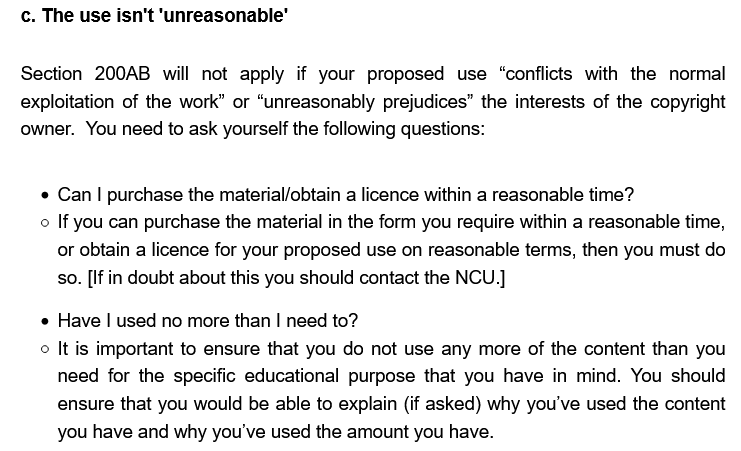
c. The use isn't ‘unreasonable’
   Section 200AB  will not apply if your proposed use “conflicts with the normal
   exploitation of the work” or “unreasonably prejudices” the interests of the copyright
   owner. You need to ask yourself the following questions:
     © If you can purchase the material in the form you require within a reasonable time,
     or obtain a licence for your proposed use on reasonable terms, then you must do
     so. [If in doubt about this you should contact the NCU.]
     e Have | used no more than | need to?
     © It Is Important to ensure that you do not use any more of the content than you
     need for the specific educational purpose that you have in mind. You should
     ensure that you would be able to explain (if asked) why you've used the content
     you have and why you've used the amount you have.